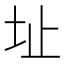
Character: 址